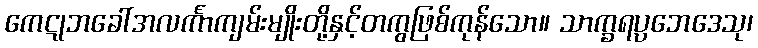
ကေဋုဘခေါ်အလင်္ကာကျမ်းမျိုးတို့နှင့်တကွဖြစ်ကုန်သော။ သာက္ခရပ္ပဘေဒေသု၊